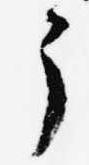
了